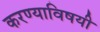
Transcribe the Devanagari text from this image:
करण्‍याविषयी